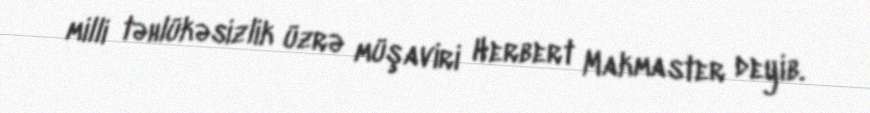
milli təhlükəsizlik üzrə müşaviri Herbert Makmaster deyib.